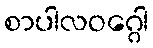
စာပါလဝဂ္ဂေါ